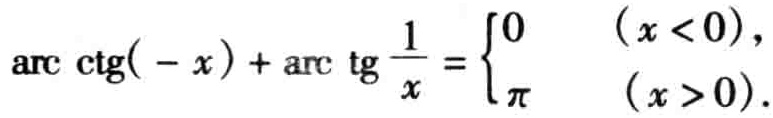
\(\text{arc}\cot(-x) + \text{arc}\tan\frac{1}{x}= \begin{cases} 0 & (x < 0),\\ \pi & (x > 0). \end{cases}\)